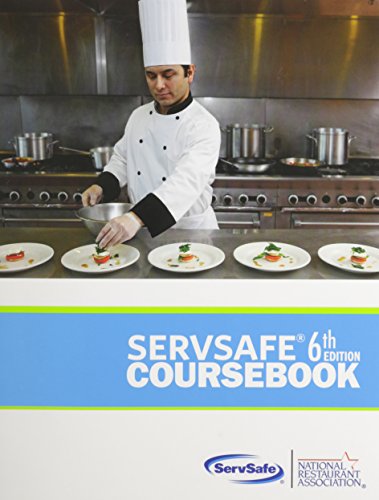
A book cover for ServSafe Coursebook (6th Edition); National Restaurant Association; Business & Money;